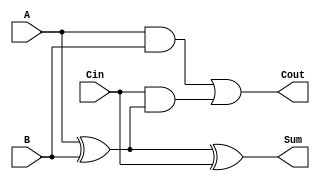
module FullAdder (
    input wire A,     // First input bit
    input wire B,     // Second input bit
    input wire Cin,   // Carry-in bit
    output wire Sum,  // Sum output
    output wire Cout  // Carry-out output
);

    // Intermediate wire for the first XOR operation
    wire AB_xor;

    // First XOR gate: A XOR B
    assign AB_xor = A ^ B;

    // Second XOR gate: (A XOR B) XOR Cin
    assign Sum = AB_xor ^ Cin;

    // First AND gate: A AND B
    wire A_and_B;
    assign A_and_B = A & B;

    // Second AND gate: Cin AND (A XOR B)
    wire Cin_and_AB_xor;
    assign Cin_and_AB_xor = Cin & AB_xor;

    // OR gate: (A AND B) OR (Cin AND (A XOR B))
    assign Cout = A_and_B | Cin_and_AB_xor;

endmodule